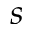
s